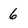
Character: 6